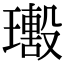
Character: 𤪢